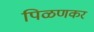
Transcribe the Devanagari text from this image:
पिळणकर